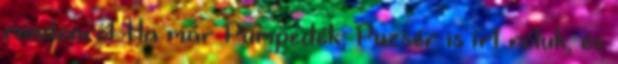
mindenről. Ha már Pumpedék, Puzsér is írt róluk, és